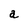
Character: a